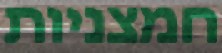
חמצניות